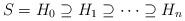
LaTeX: \begin{align*}S=H_0\supseteq H_1 \supseteq \dots \supseteq H_n\end{align*}